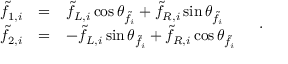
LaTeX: \begin{array} { r c l } { { \tilde { f } _ { 1 , i } } } & { { = } } & { { \tilde { f } _ { L , i } \cos \theta _ { \tilde { f } _ { i } } + \tilde { f } _ { R , i } \sin \theta _ { \tilde { f } _ { i } } } } \\ { { \tilde { f } _ { 2 , i } } } & { { = } } & { { - \tilde { f } _ { L , i } \sin \theta _ { \tilde { f } _ { i } } + \tilde { f } _ { R , i } \cos \theta _ { \tilde { f } _ { i } } } } \end{array} \quad .